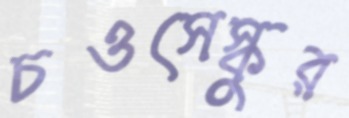
চওসেস্কুর